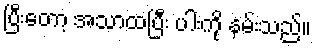
ပြီးတော့ အသာထပြီး ပါးကို နမ်းသည်။